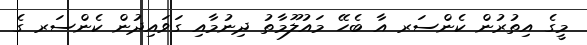
މީގެ އިތުރުން ކެންސަރ އާ ބެހޭ މައުލޫމާތު ދިނުމާއި ގަވައިދުން ކެންސަރ ގެ